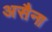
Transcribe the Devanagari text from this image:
असैना